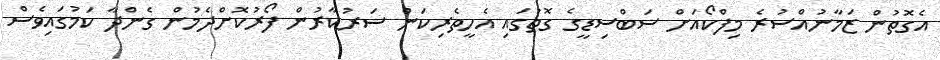
އެގޮތުން ޒަމާނުއްސުރެ މިފްކޯއަށް ސަބްސިޑީގެ ގޮތުގައި އެހީތެރިކަން ސަރުކާރުން ފޯރުކޮށްދެމުން ގެންދާ ކަމުގައިވެސް